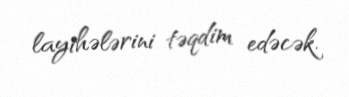
layihələrini təqdim edəcək.